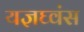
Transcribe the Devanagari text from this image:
यज्ञघ्वंस